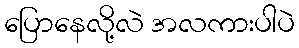
ပြောနေလို့လဲ အလကားပါပဲ